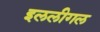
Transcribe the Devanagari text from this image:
इललीगल